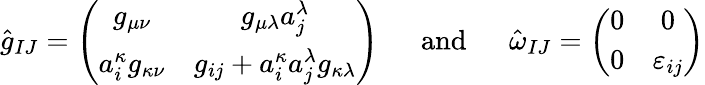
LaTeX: \begin{array}{ccc}{{\hat{g}_{IJ}=\left(\begin{array}{cc}{{g_{\mu\nu}}}&{{g_{\mu\lambda}a_{j}^{\lambda}}}\\ {{a_{i}^{\kappa}g_{\kappa\nu}}}&{{g_{ij}+a_{i}^{\kappa}a_{j}^{\lambda}g_{\kappa\lambda}}}\end{array}\right)}}&{{\ \ \mathrm{and}\ \ }}&{{\hat{\omega}_{IJ}=\left(\begin{array}{cc}{{0}}&{{0}}\\ {{0}}&{{\varepsilon_{ij}}}\end{array}\right)}}\end{array}